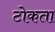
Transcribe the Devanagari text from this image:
टोकता